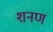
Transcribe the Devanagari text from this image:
शनण